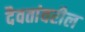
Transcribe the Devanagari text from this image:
दैवतांवरील